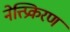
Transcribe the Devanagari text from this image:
नेत्त्प्रिकरण